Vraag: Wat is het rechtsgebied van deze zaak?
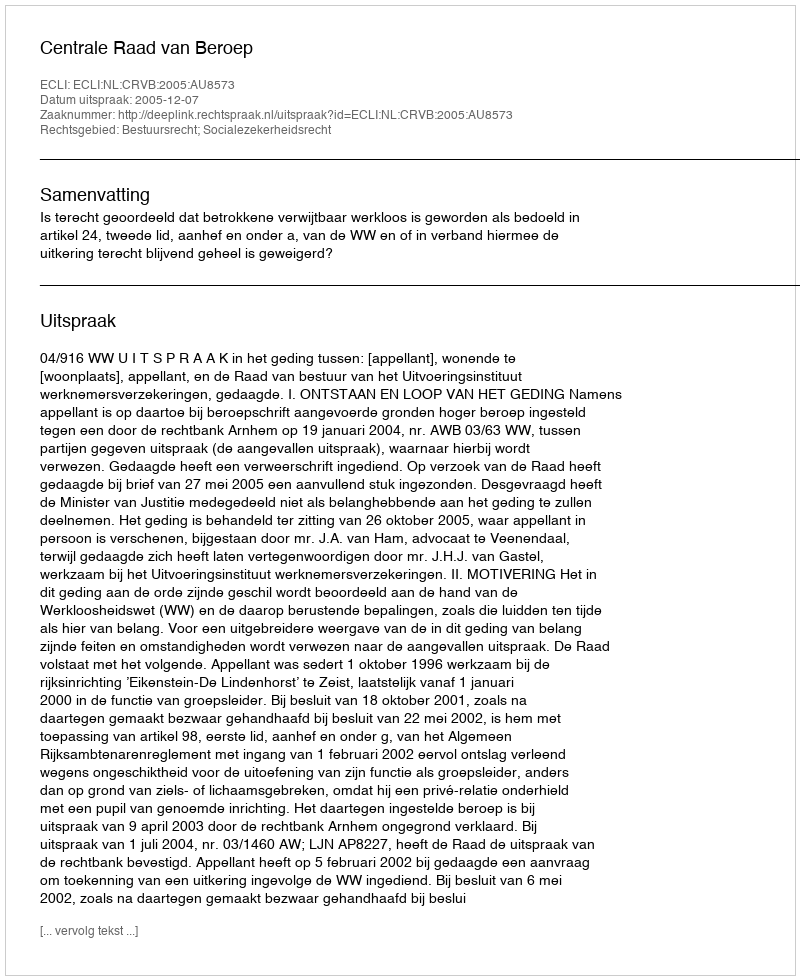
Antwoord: Bestuursrecht; Socialezekerheidsrecht